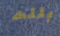
بللت